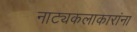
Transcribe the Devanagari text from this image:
नाट्यकलाकारांना